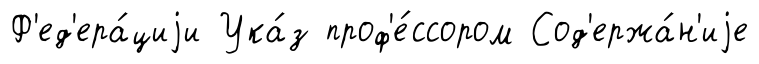
Ф'ед'ера́циjи Ука́з проф'е́ссором Сод'ержа́н'иjе